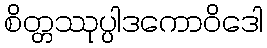
စိတ္တဿုပ္ပါဒကောဝိဒေါ